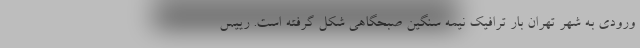
ورودی به شهر تهران بار ترافیک نیمه سنگین صبحگاهی شکل گرفته است. رییس